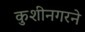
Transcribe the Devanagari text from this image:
कुशीनगरने